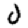
Digit: 0